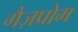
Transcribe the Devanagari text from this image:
गैज़प्रोम